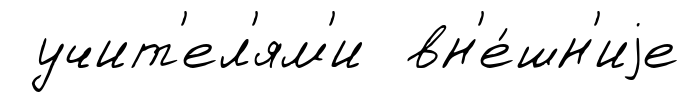
учит'ел'ям'и вн'е́шн'иjе